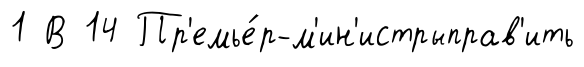
1 В 14 Пр'емье́р-м'ин'истрыправ'ить